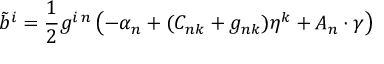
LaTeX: { \tilde { b } } ^ { i } = { \frac { 1 } { 2 } } g ^ { i \, n } \left( - \alpha _ { n } + ( C _ { n k } + g _ { n k } ) \eta ^ { k } + A _ { n } \cdot \gamma \right)